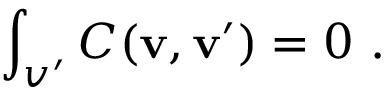
\int _ { v ^ { \prime } } C ( { \mathbf { v } , \mathbf { v ^ { \prime } } } ) = 0 \ .